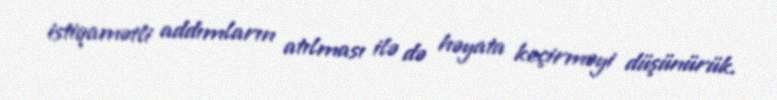
istiqamətli addımların atılması ilə də həyata keçirməyi düşünürük.